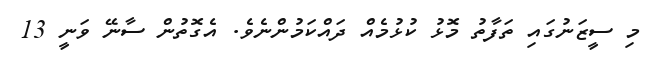
މި ސީޒަނުގައި ތަފާތު މޮޅު ކުޅުމެއް ދައްކަމުންނެވެ. އެގޮތުން ސާނޭ ވަނީ 13